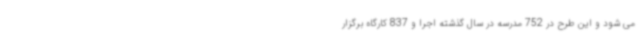
می شود و این طرح در 752 مدرسه در سال گذشته اجرا و 837 کارگاه برگزار